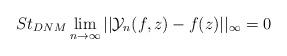
LaTeX: \begin{align*} St_{DNM}\lim_{n\rightarrow \infty}||\mathcal{Y}_{n}(f,z)-f(z)||_{\infty}=0 \end{align*}